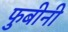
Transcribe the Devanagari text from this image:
फुबीनी